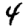
Digit: 4